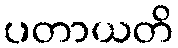
ပတာယတိ